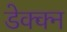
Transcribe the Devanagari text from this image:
डेक्क्न